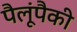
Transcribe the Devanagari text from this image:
पैलूंपैकी